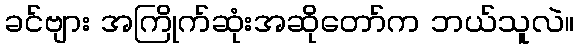
ခင်ဗျား အကြိုက်ဆုံးအဆိုတော်က ဘယ်သူလဲ။